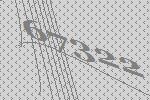
67322